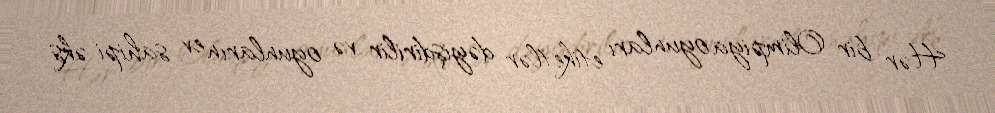
Hər bir Olimpiya oyunları etiketlər dəyişdirilir və oyunların ev sahipi əks